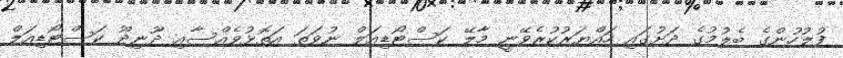
ފުލުހުންގެ ބެލުމުގެ ދަށުގައި ހައްޔަރުކުރެވޭނީ މާލޭ ކަސްޓޯޑިއަލް ނުވަތަ އަތޮޅުވެއްސާއި ދޫނިދޫ ކަސްޓޯޑިއަލް